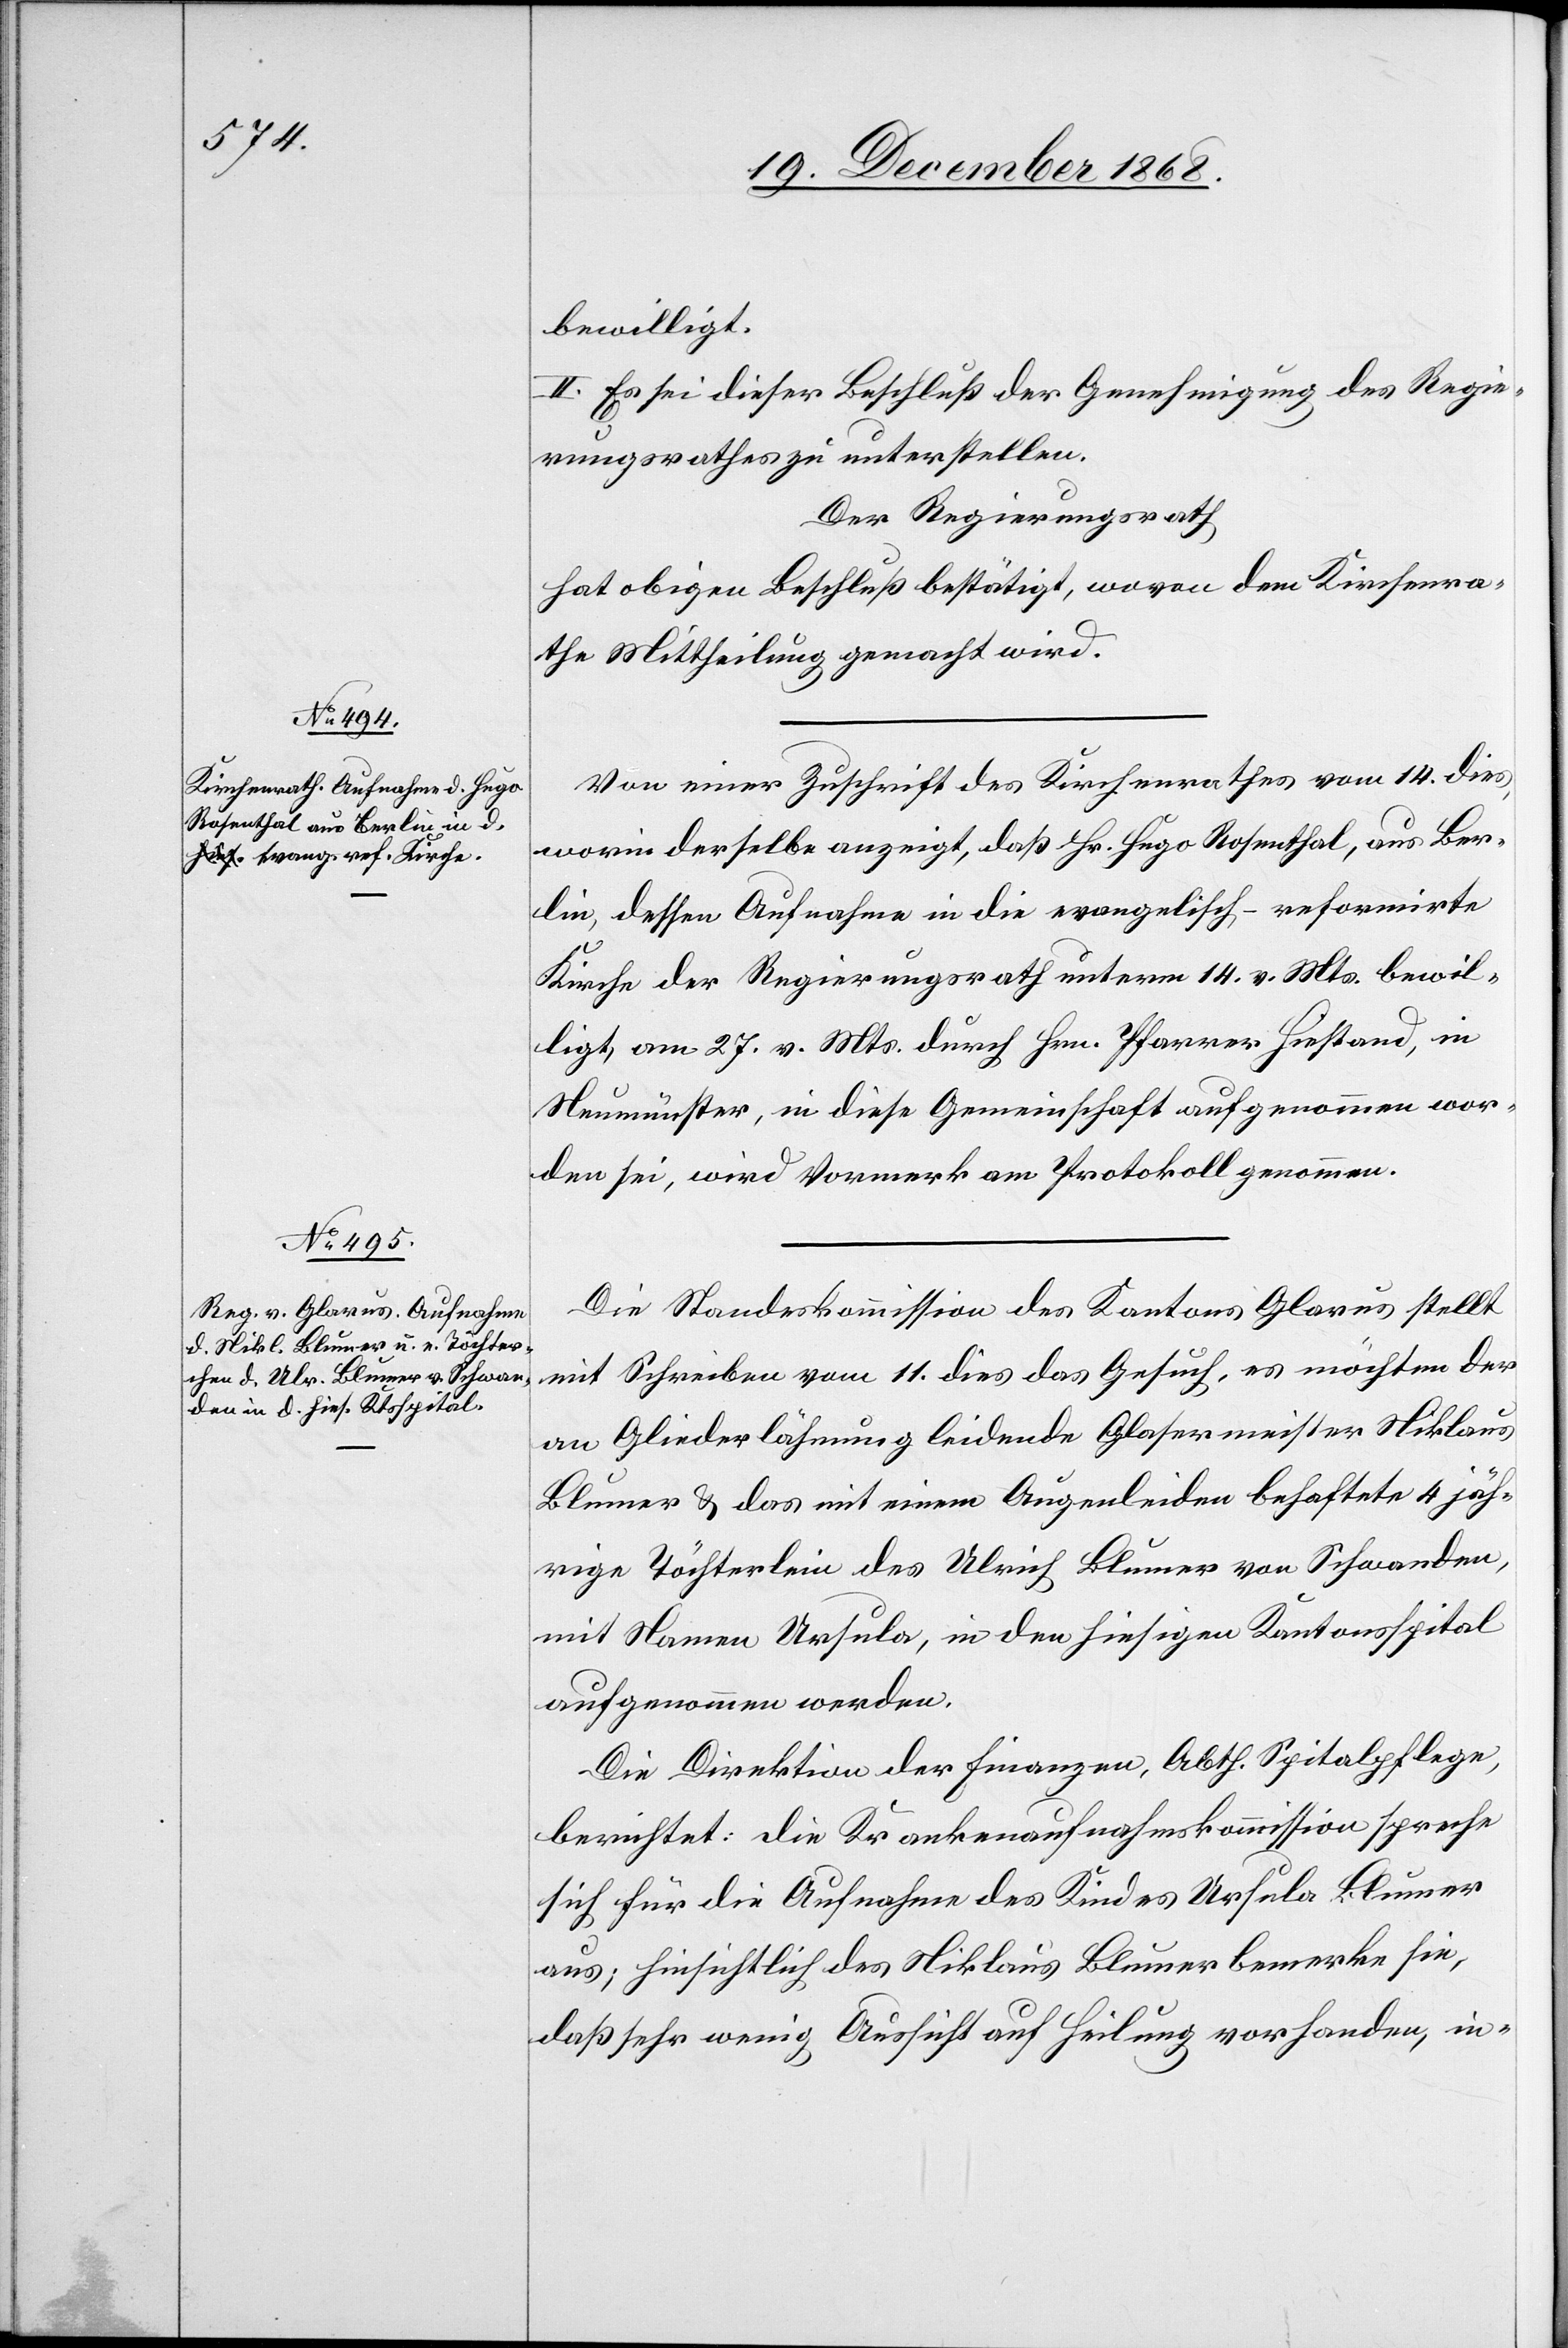
bewilligt.
2.] Es sei dieser Beschluß der Genehmigung des Regie¬
rungsrathes zu unterstellen.
Der Regierungsrath
hat obigen Beschluß bestätigt, wovon dem Kirchenra¬
the Mittheilung gemacht wird.
Von einer Zuschrift des Kirchenrathes vom 14. dies,
worin derselbe anzeigt, daß Hr. Hugo Rosenthal, aus Ber¬
lin, dessen Aufnahme in die evangelisch-reformirte
Kirche der Regierungsrath unterm 14. v. Mts. bewil¬
ligt, am 27. v. Mts. durch Hrn. Pfarrer Hiestand, in
Neumünster, in diese Gemeinschaft aufgenommen wor¬
den sei, wird Vormerk am Protokoll genommen.
Die Standeskommission des Kantons Glarus stellt
mit Schreiben vom 11. dies das Gesuch, es möchten der
an Gliederlähmung leidende Glasermeister Niklaus
Blumer & das mit einem Augenleiden behaftete 4 jäh¬
rige Töchterlein des Ulrich Blumer von Schwanden,
mit Namen Ursula, in den hiesigen Kantonsspital
aufgenommen werden.
Die Direktion der Finanzen, Abth. Spitalpflege,
berichtet: Die Krankenaufnahmskommission spreche
sich für die Aufnahme des Kindes Ursula Blumer
aus; hinsichtlich des Niklaus Blumer bemerke sie,
daß sehr wenig Aussicht auf Heilung vorhanden, in-